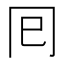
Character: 囘